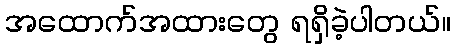
အထောက်အထားတွေ ရရှိခဲ့ပါတယ်။